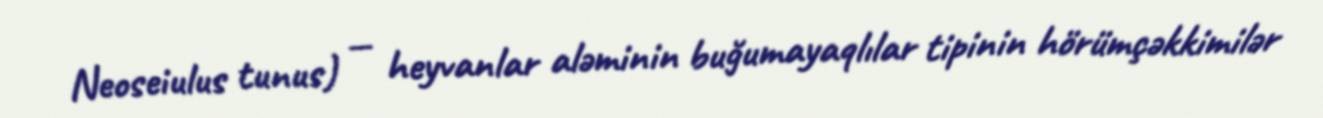
Neoseiulus tunus) — heyvanlar aləminin buğumayaqlılar tipinin hörümçəkkimilər